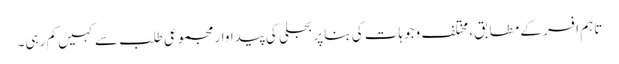
تاہم افسر کے مطابق، مختلف وجوہات کی بنا پر بجلی کی پیداوار مجموعی طلب سے کہیں کم رہی۔